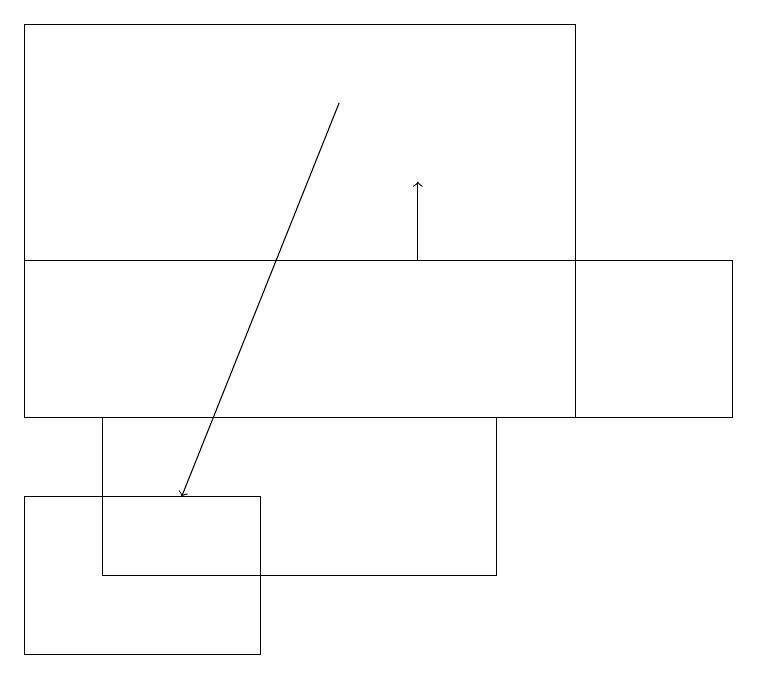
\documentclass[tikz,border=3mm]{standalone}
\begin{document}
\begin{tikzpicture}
\draw (0,13) rectangle (3,11);
\draw (0,16) rectangle (9,14);
\draw[->] (5,16) -- (5,17);
\draw[->] (4,18) -- (2,13);
\draw (1,14) rectangle (6,12);
\draw (7,19) rectangle (0,14);
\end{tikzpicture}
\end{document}